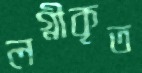
লগ্নীকৃত